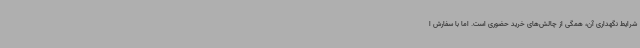
شرایط نگهداری آن، همگی از چالش‌های خرید حضوری است. اما با سفارش ا